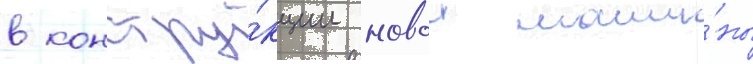
в констру́кции новои маши́ны